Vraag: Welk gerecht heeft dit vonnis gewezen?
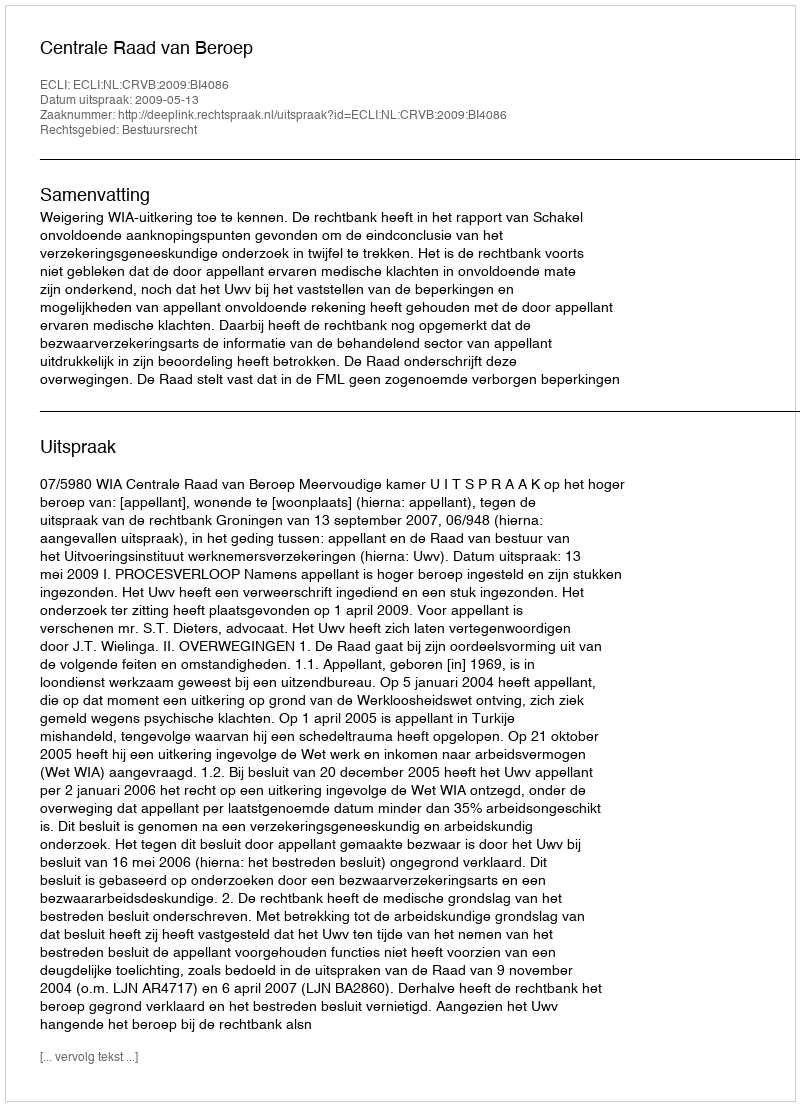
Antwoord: Centrale Raad van Beroep